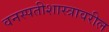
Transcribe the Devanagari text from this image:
वनस्पतीशास्त्रावरील